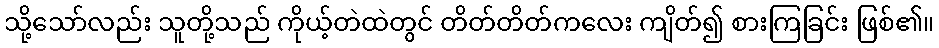
သို့သော်လည်း သူတို့သည် ကိုယ့်တဲထဲတွင် တိတ်တိတ်ကလေး ကျိတ်၍ စားကြခြင်း ဖြစ်၏။